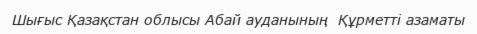
Шығыс Қазақстан облысы Абай ауданының  Құрметті азаматы